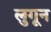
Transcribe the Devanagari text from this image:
लुगून